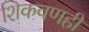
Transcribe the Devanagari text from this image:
शिकवणही